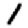
Digit: 1